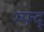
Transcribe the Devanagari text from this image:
म्फ्द्